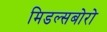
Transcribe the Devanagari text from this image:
मिडल्सबोरो